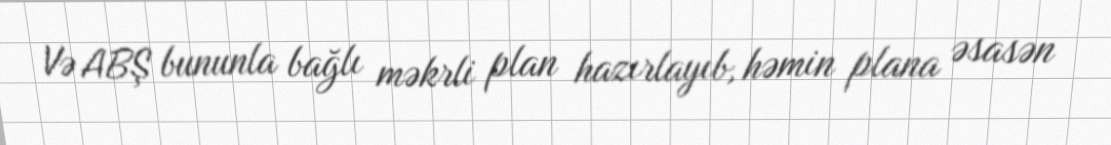
Və ABŞ bununla bağlı məkrli plan hazırlayıb, həmin plana əsasən